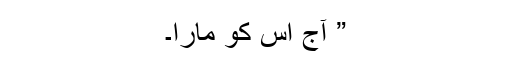
” آج اُس کو مارا۔